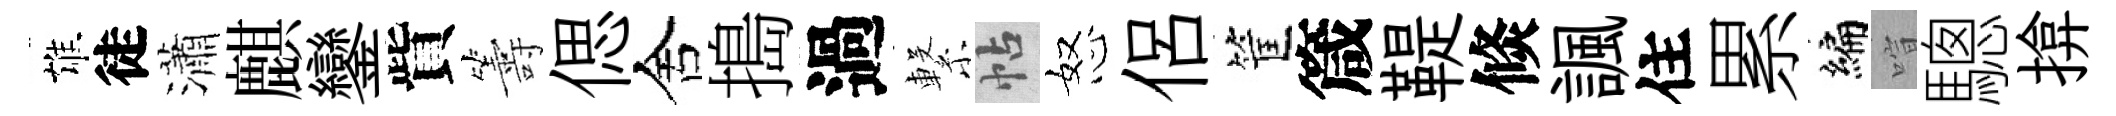
雄徒瀟麒鑾貲籌偲舍搗過繋帖怒侶筐箴鞮倐諷住累編喧驄揜